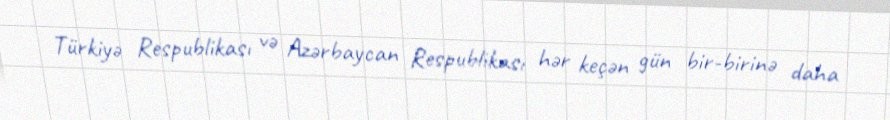
Türkiyə Respublikası və Azərbaycan Respublikası hər keçən gün bir-birinə daha